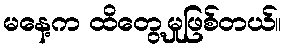
မနေ့က ထိတွေ့မှုဖြစ်တယ်။